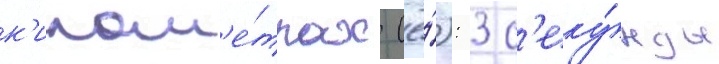
к'илом'е́трах (ё́): 3 с'еку́нды